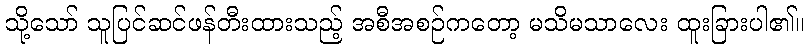
သို့သော် သူပြင်ဆင်ဖန်တီးထားသည့် အစီအစဉ်ကတော့ မသိမသာလေး ထူးခြားပါ၏။